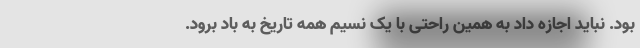
بود. نباید اجازه داد به همین راحتی با یک نسیم همه تاریخ به باد برود.